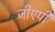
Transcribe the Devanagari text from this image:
जीएपी